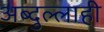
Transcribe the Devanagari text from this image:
अब्दुल्लाही